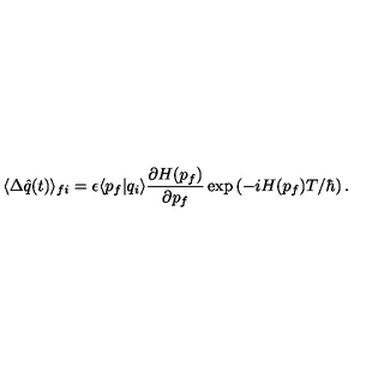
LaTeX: \langle \Delta \hat { q } ( t ) \rangle _ { f i } = \epsilon \langle p _ { f } | q _ { i } \rangle \frac { \partial H ( p _ { f } ) } { \partial p _ { f } } \exp \left( - i H ( p _ { f } ) T / \hbar \right) .